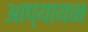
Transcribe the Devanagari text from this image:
आप्यायन